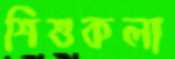
শিশুকলা